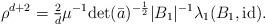
LaTeX: \begin{align*} \rho^{d+2} = \tfrac{2}{d}\mu^{-1}\textup{det}(\bar{a})^{-\frac{1}{2}}|B_1|^{-1}\lambda_1(B_1,\textup{id}). \end{align*}